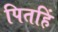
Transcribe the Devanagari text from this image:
पितहिं